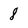
Character: 8